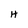
Character: H